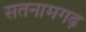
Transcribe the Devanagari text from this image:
सतनामगढ़